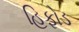
હિફોડ